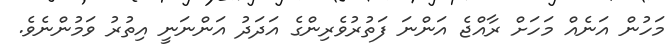
މަހުން އަނެއް މަހަށް ރާއްޖެ އަންނަ ފަތުރުވެރިންގެ އަދަދު އަންނަނީ އިތުރު ވަމުންނެވެ.